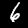
Label: 6